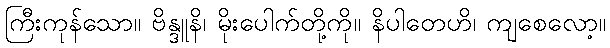
ကြီးကုန်သော။ ဗိန္ဒူနိ၊ မိုးပေါက်တို့ကို။ နိပါတေဟိ၊ ကျစေလော့။